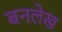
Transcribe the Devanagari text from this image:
बनलेख